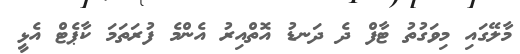
މާލޭގައި މިވަގުތު ޓާފް ދެ ދަނޑު އޮތްއިރު އެންމެ ފުރަތަމަ ކާޕެޓް އެޅީ